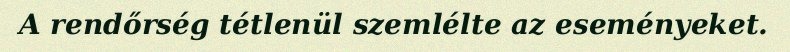
A rendőrség tétlenül szemlélte az eseményeket.